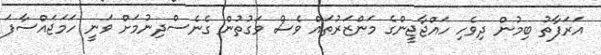
އަރަފާތު ބިމުން ދިވެހި ހައްޖާޖީންގެ މަންޒަރުތައް ވެސް ވަގުތުން ގެނެސްދިނުމަށް ވަނީ ހަމަޖައްސާފަ